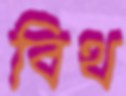
বিথ